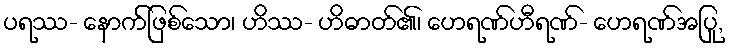
ပရဿ- နောက်ဖြစ်သော၊ ဟိဿ- ဟိဓာတ်၏၊ ဟေရဏ်ဟီရဏ်- ဟေရဏ်အပြု,